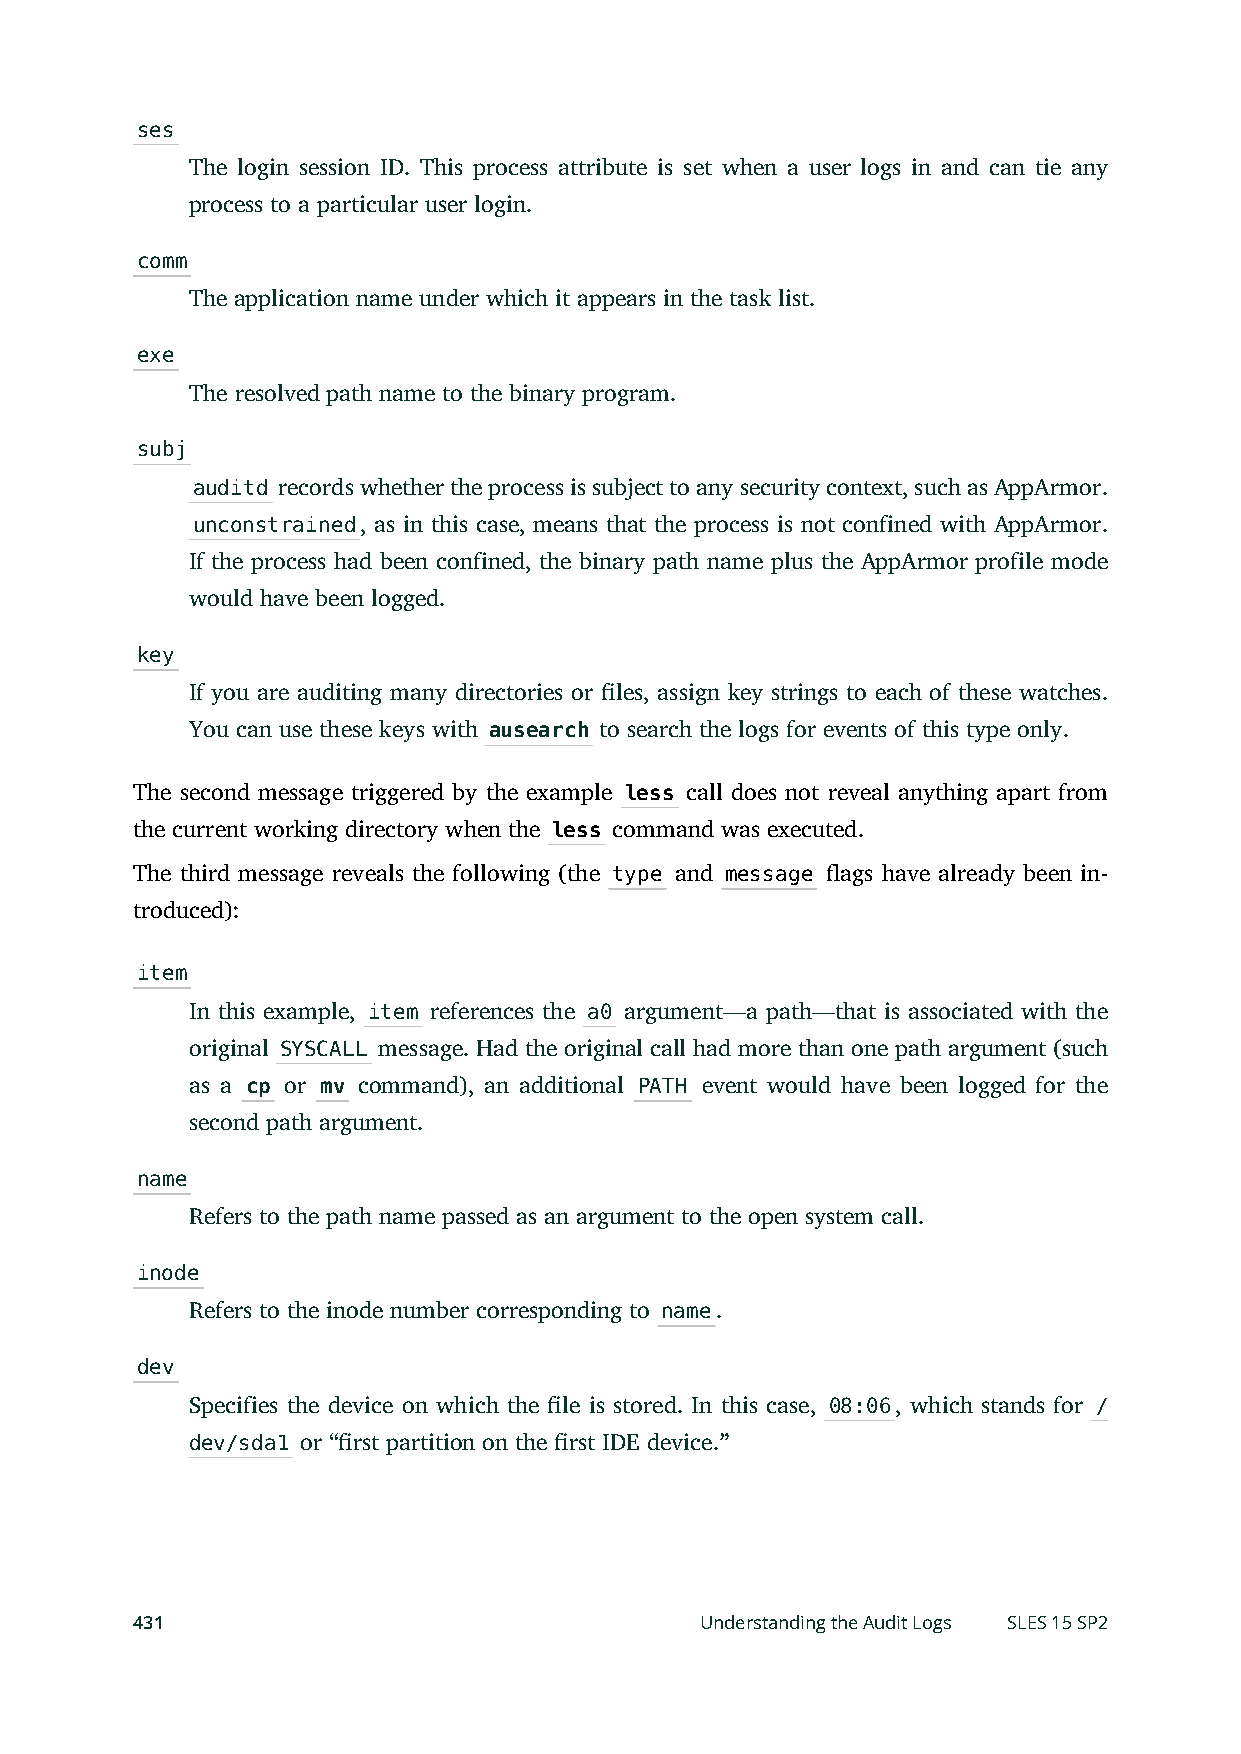
ses
 The login session ID. This process attribute is set when a user logs in and can tie any
 process to a particular user login.
 comm
 The application name under which it appears in the task list.
 exe
 The resolved path name to the binary program.
 subj
 auditd records whether the process is subject to any security context, such as AppArmor.
 unconstrained, as in this case, means that the process is not confined with AppArmor.
 If the process had been confined, the binary path name plus the AppArmor profile mode
 would have been logged.
 key
 If you are auditing many directories or les, assign key strings to each of these watches.
 You can use these keys with ausearch to search the logs for events of this type only.
 The second message triggered by the example less call does not reveal anything apart from
 the current working directory when the less command was executed.
 The third message reveals the following (the type and message ags have already been in-
 troduced):
 item
 In this example, item references the a0 argument—a path—that is associated with the
 original SYSCALL message. Had the original call had more than one path argument (such
 as a cp or mv command), an additional PATH event would have been logged for the
 second path argument.
 name
 Refers to the path name passed as an argument to the open system call.
 inode
 Refers to the inode number corresponding to name.
 dev
 Specifies the device on which the le is stored. In this case, 08:06, which stands for /
 dev/sda1 or “rst partition on the rst IDE device.”
 431                                  Understanding the Audit Logs SLES 15 SP2